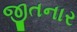
જીતનાર